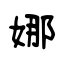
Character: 娜